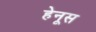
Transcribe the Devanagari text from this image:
हेनूस